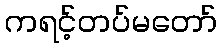
ကရင့်တပ်မတော်